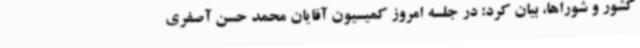
کشور و شوراها، بیان کرد: در جلسه امروز کمیسیون آقایان محمد حسن آصفری